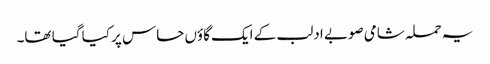
یہ حملہ شامی صوبے ادلب کے ایک گاؤں حاس پر کیا گیا تھا۔